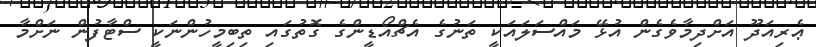
ޢެރިއަދޫ އަށްދިމާވެގެން އުޅޭ މައްސަލައަކީ ތަނުގެ އެޗްއޯޑީންގެ ގޮތުގައި ތިބިމީހުންނަކީ ސްޓާފުން ނަށްމާ